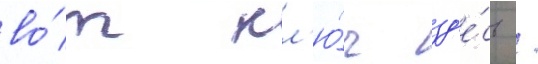
во́т кл'ю́ч зд'е́сь /